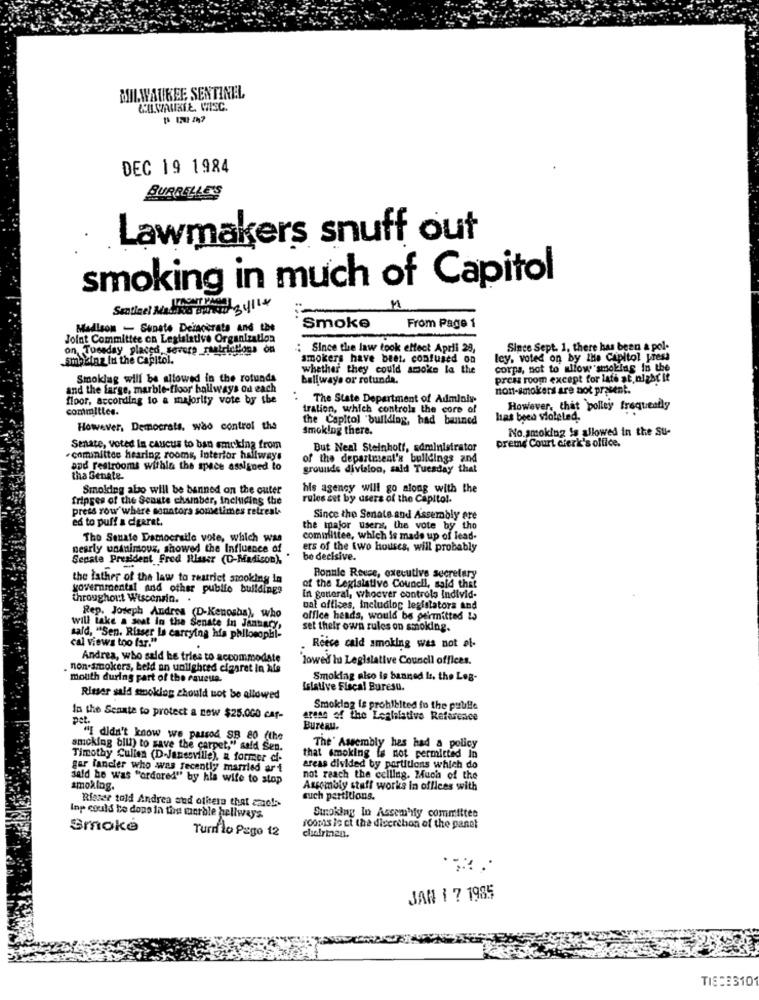
MILWAUKEE SENTINEL
COWAUKEE, WISC.
DEC 19 1984
BURRELLE'S
Lawmakers snuff out
smoking in much of Capitol
Sentinel Medica Bulvar
Madison - Sunste Demacerata And LDe
Smoke
From Page
Joint Committee on Legislative Organization
on, Tuesday placed, sovore matrictions on
: Since the law took effect April 28,
Since Sept. 1. there has been a pol-
Simheinz In the Capitol.
smokers have beet, confused od
ley, voted on by the Capitol press
whether they could amoke la the
corps, not to allow smoking in the
Smoklag will be allowed in the rotunda
ballways or rotunda.
press room except for late at night it
and the farge, marble-floor ballways od each
non-smokers are not present.
floor, according to a majority vote by the
The State Department of Admloly
commitice.
tration, which controls the core of
However, that polley frequently
the Capitol "building, had banned
has been stoleled.
However, Democrats. wao control the
Smoking there.
No smoking is allowed in the Su-
Senate, voted in caucus to ban smoking from
But Neal Steinhoff, administrator
preme Court clerk's office.
cominittes hearing rooms, interior hallways
of the department's buildings and
and restrooms within the space assigned to
grounds division, said Tuesday that
tha Senate-
Smoking abo will be banned on the outer
his agency will go along with the
fripges of the Senate chamber, Including the
rules set by users of the Capitol.
press row where sanators sometimes retreat.
ed to puff a cigaret.
Since the Senate and Assembly are
the major users, the vote by tho
The Senate Damocratle vote, which was
committee, which is made up of lead-
nearly unanimous, showed the Influence of
ers of the two houses, will probably
Senate President Fred Rlaser (C-Madison)
be decisive.
the father of the law to restrict smoking in
Ronnie Reece, executive secretary
governmental and other public buildings
of the Legislative Council, said that
throughout Wisconsin ..
In general, whoever controls Individ-
ual offices, including legislators and
Rep. Joseph Andros (D-Kenosha), who
office heads, would be permitted Is
will take a seat in the Senate in January,
set their own rules on smoking.
said, "Sen. Riaser Is carrying his philosophl-
cal views too far."
Reece cald smoking was not al-
Andrea, who said he tries to accommodate
lowed hua Legislative Council offices.
non-smokers, beld an unlighted cigaret in Ale
mouth during part of the raueua.
Smoking also is banned Is, the Log-
Islative Fiscal Buresu.
Rimer sald smoking should not be allowed
Smoking is prohibited fo the publie
In the Senate to protect a new $25.000 car-
pet.
arese of the Lealslative Reference
Bureau.
"I didn't know we passod SB 80 (the
amcking bill) to save the carpet," said Sen.
The' Assembly hes had a policy
Timothy Cullen (D-Janesville), a former cf-
that smoking is not permitted In
gar fancier who was recently married ar i
areas divided by partitions which do
said he was "ordored" by hla wife to stop
not reach the celling. Much of the
smoking.
Assembly staff works in offices with
such partitions.
Riesce told Andrea and others that amets
Inp could be dops in the merble hellways
Stroking In Assem'ily committee
Smoke
Turd lo Pago 12
roomis ic ct the discrehon of the panel
chairinan.
JAN 1 7 1985
TIE:2310